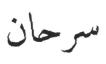
سرحان